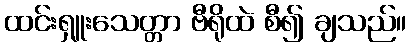
ထင်းရှူးသေတ္တာ ဗီရိုထဲ စီ၍ ချသည်။